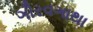
ગૌરવગાથા